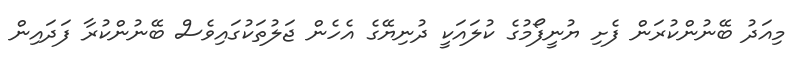
މިއަދު ބޭނުންކުރަން ފެށި ޔުނީފޯމުގެ ކުލައަކީ ދުނިޔޭގެ އެހެން ޖަލުތަކުގައިވެސް ބޭނުންކުރާ ފަދައިން